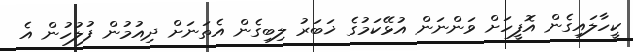
ކީހާލައިގެން އޮފީހަށް ވަންނަން އުޅޭކަމުގެ ޚަބަރު ލިބިގެން އެތަނަށް ދިއުމުން ފުލުހުން އެ